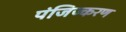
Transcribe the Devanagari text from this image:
पंजिज्करण